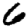
Digit: 6